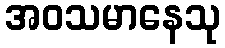
အဝသမာနေသု